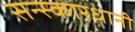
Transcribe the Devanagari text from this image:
सन्स्कारधानी